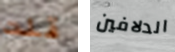
قلت الدلافين